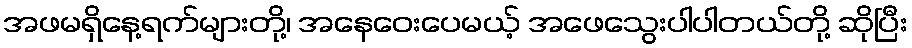
အဖမရှိနေ့ရက်များတို့၊ အနေဝေးပေမယ့် အဖေသွေးပါပါတယ်တို့ ဆိုပြီး